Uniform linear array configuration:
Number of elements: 4
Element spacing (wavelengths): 0.5
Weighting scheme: blackman
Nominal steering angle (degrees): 45
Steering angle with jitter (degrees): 46.522
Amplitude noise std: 0.05
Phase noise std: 0.05

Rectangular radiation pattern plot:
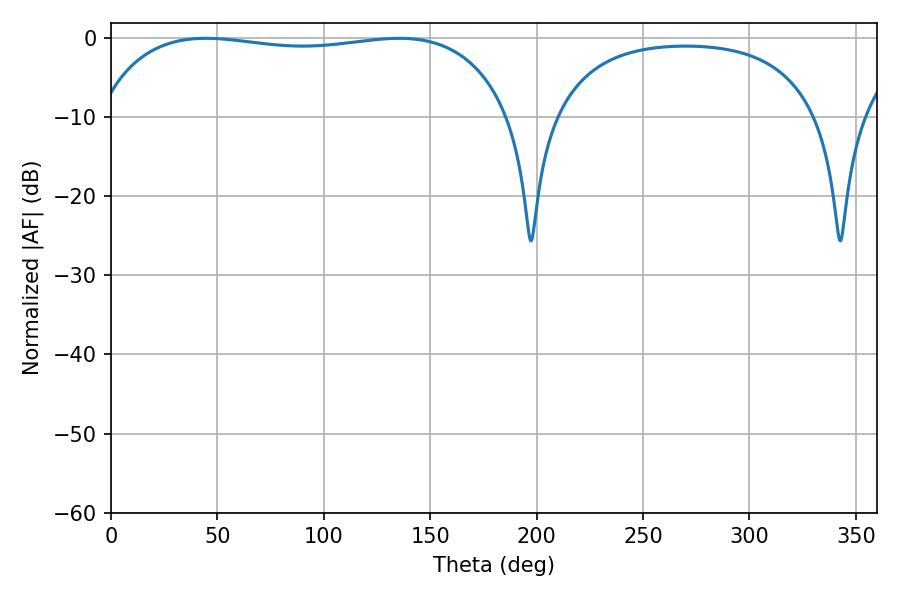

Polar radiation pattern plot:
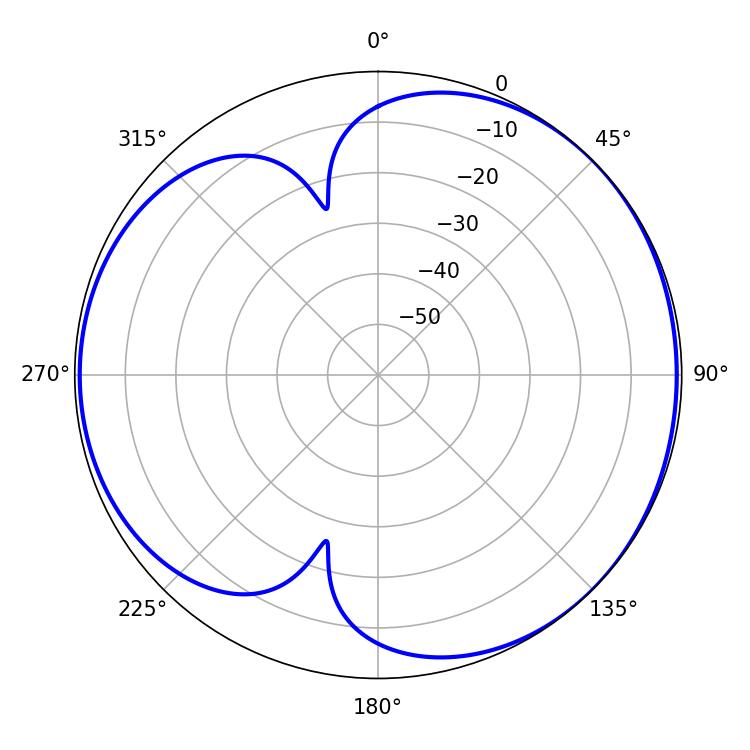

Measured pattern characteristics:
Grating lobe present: FALSE
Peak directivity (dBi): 4.45
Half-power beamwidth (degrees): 156.6
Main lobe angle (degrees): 44.64